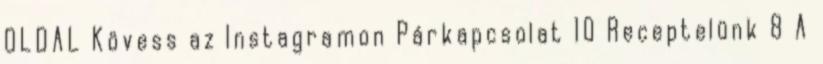
OLDAL Kövess az Instagramon Párkapcsolat 10 Receptelünk 8 A